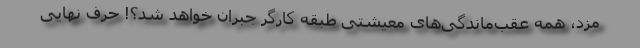
مزد، همه عقب‌ماندگی‌های معیشتی طبقه کارگر جبران خواهد شد؟! حرف نهایی